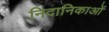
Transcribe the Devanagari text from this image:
निदानिकाओं